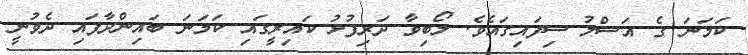
ކަމަނަ ގެ އަސްލު ސިފައިގައެވެ. ލޯބިވާ ދަރިފުޅު ކައިރީގައި ކަމަނަ ބައިންދާފައި ދެވުނީ